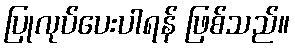
ပြုလုပ်ပေးပါရန် ဖြစ်သည်။